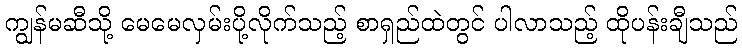
ကျွန်မဆီသို့ မေမေလှမ်းပို့လိုက်သည့် စာရှည်ထဲတွင် ပါလာသည့် ထိုပန်းချီသည်